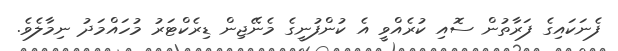
ފެނަކައިގެ ފަރާތުން ސޮއި ކުރެއްވީ އެ ކުންފުނީގެ މެނޭޖިން ޑިރެކްޓަރު މުހައްމަދު ނިމާލެވެ.